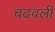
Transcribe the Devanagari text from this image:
चढवली